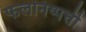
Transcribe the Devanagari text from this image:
फलनिष्पत्ती